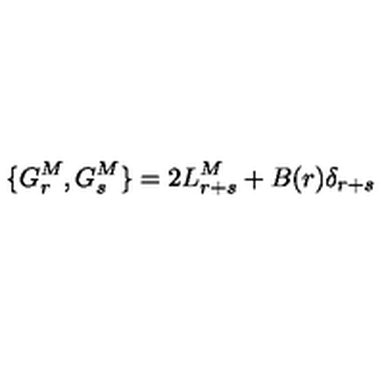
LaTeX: \{ G _ { r } ^ { M } , G _ { s } ^ { M } \} = 2 L _ { r + s } ^ { M } + B ( r ) \delta _ { r + s }